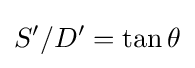
S'/D'=\tan \theta